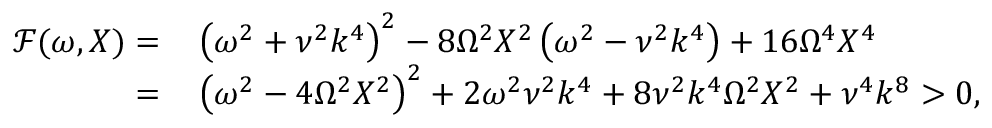
\begin{array} { r l } { \mathcal { F } ( \omega , X ) = } & { { } \left( \omega ^ { 2 } + \nu ^ { 2 } k ^ { 4 } \right) ^ { 2 } - 8 \Omega ^ { 2 } X ^ { 2 } \left( \omega ^ { 2 } - \nu ^ { 2 } k ^ { 4 } \right) + 1 6 \Omega ^ { 4 } X ^ { 4 } } \\ { = } & { { } \left( \omega ^ { 2 } - 4 \Omega ^ { 2 } X ^ { 2 } \right) ^ { 2 } + 2 \omega ^ { 2 } \nu ^ { 2 } k ^ { 4 } + 8 \nu ^ { 2 } k ^ { 4 } \Omega ^ { 2 } X ^ { 2 } + \nu ^ { 4 } k ^ { 8 } > 0 , } \end{array}